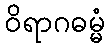
ဝိရာဂဓမ္မံ